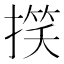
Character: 𢲑